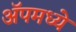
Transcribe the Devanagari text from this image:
ॲपमध्ये